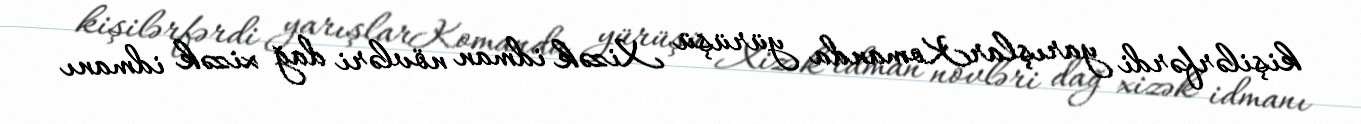
kişilərfərdi yarışlarKomanda yürüşü Xizək idman növləri dağ xizək idmanı